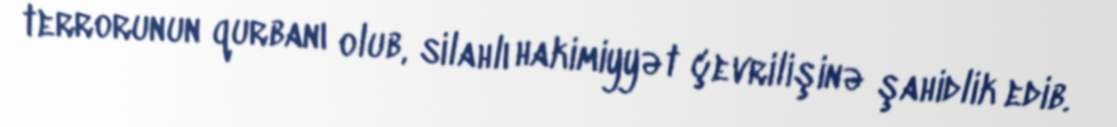
terrorunun qurbanı olub, silahlı hakimiyyət çevrilişinə şahidlik edib.